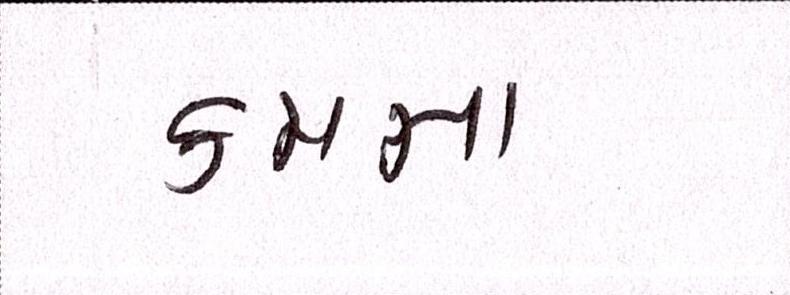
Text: ક્રમના